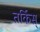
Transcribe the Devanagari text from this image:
तर्किस्